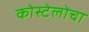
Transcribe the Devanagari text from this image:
कोस्टेलोचा